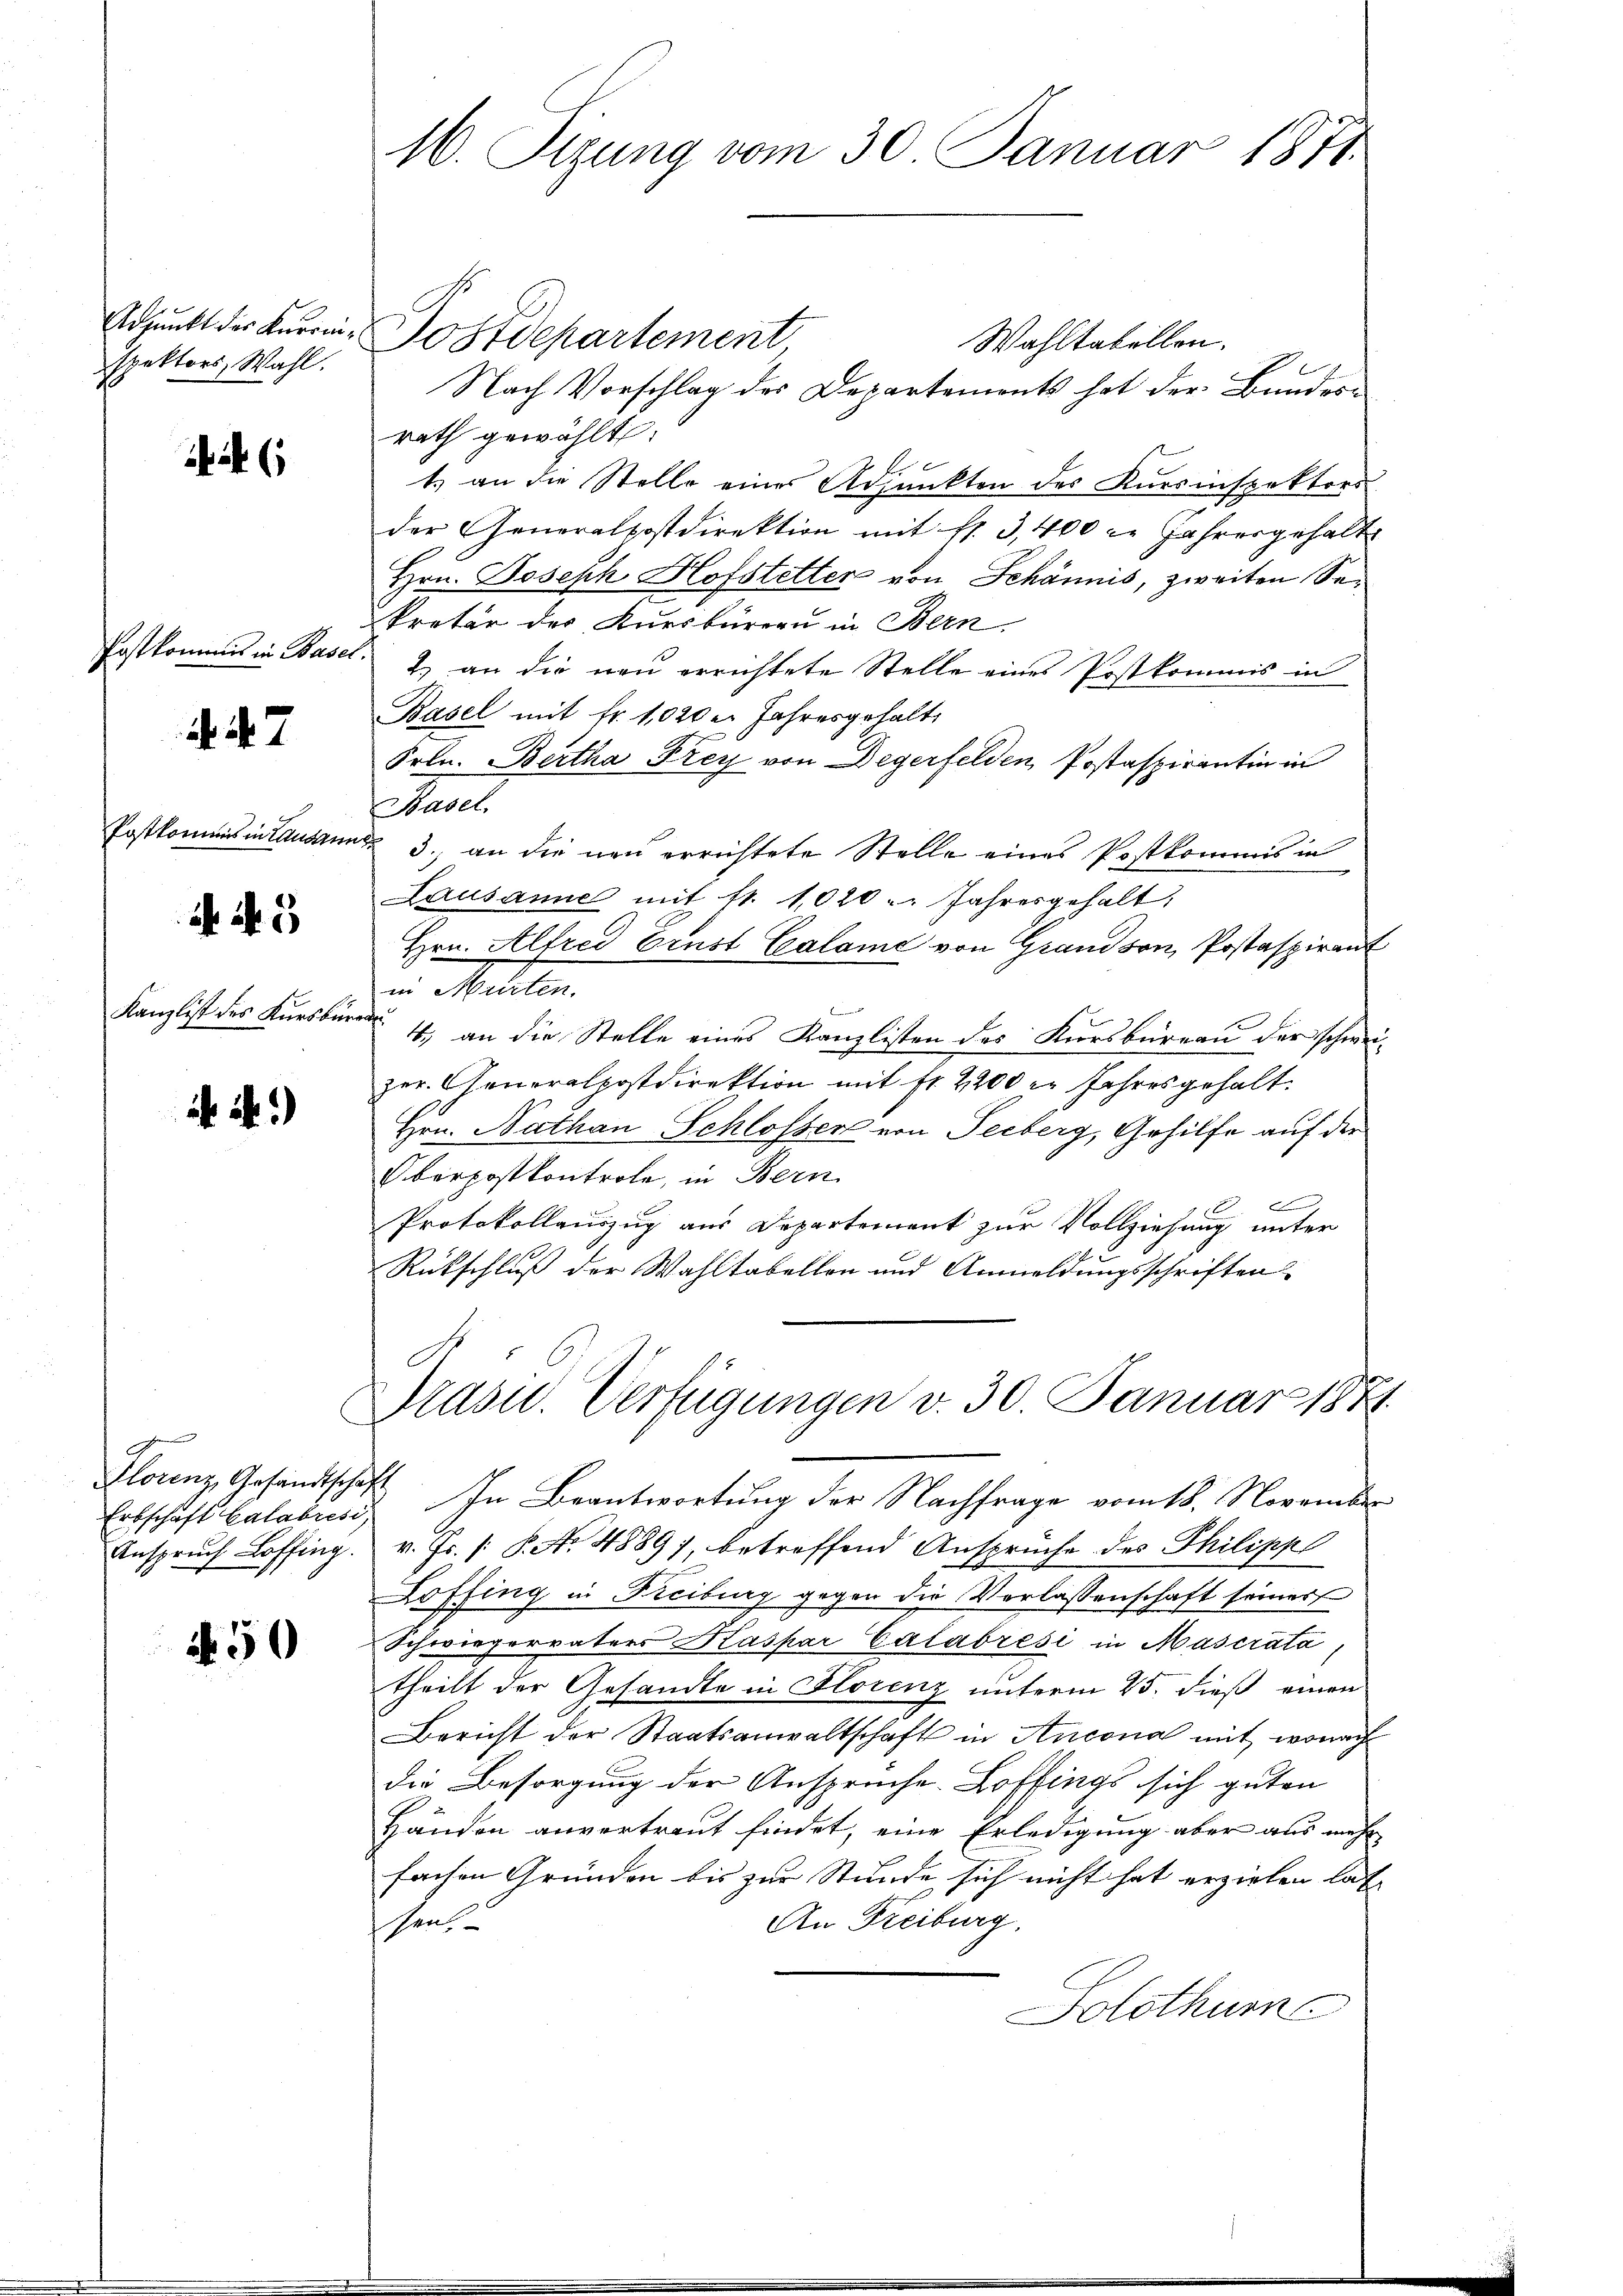
spektors Wahl.

Postkomme in Basel.

7

Postkommis in Lausan

5

Kanzlist des Kursbur

1.)

Erbschäft Calabrési,
Anspruch Loffing.

N 50

16. Sizung vom 30. Januar 1871

Adjunkt der Kurren-Postdepartement
Wahltabellen.
Nach Vorschlag des Departements hat der Bundes-
rath gewählt:
1. an die Stelle eines Adjunkten des Kursinspektors
der Generalpostdirektion mit fl. 3, 400 l. Jahresgehalte
Hrn. Joseph Hofstetter von Schännis, zweiten Sekretär der Kursbureau in Bern
2.) an die neu errichtete Stelle eines Postkommis in
Basel mit fr. 1020 u. Jahresgehalt
Frln. Bertha Frey von Degerfelden Postaspirantin in
Basel.
d 3., an die neu errichtete Stelle eines Postkommis in
Lausanne mit Nr. 1020. Jahresgehalt
Hrn. Alfred Ernst Calame von Grand von Postaspirant
in Matilen.
f
uach
4., an die Stelle eines Kanzlisten des Kursbureau der schweizer. Generalpostdirektion mit fr. 2200 er Jahresgehalt.
Hrn. Nathan Schlosser von Seeberg, Gehilfe auf der
Oberpostkontrole, in Bern
d
Protokollauszug aus Departement zur Vollziehung unter
Rückschluß der Wahltabellen und Anmeldungsschriften
Präsid.. Verfügungen v. 30. Januar 184
Florenz, Gesandtschaft. In Beantwortung der Nachfrage vom 18. November
v. Fr. 1 S. Nr. 4889), betreffend Ansprüche des Philipp
Loffing in Freiburg gegen die Verlassenschaft seiner
Schwiegervaters Kaspar Calabrési in Mascrata,
theilt der Gesandte in Florenz unterm 25. dieß einen
Bericht der Staatsanwaltschaft in Ancona mit, wonach
die Besorgung der Ansprüche Hoffings sich guten
Händen anvertraut findet, eine Erledigung aber aus mehr
fachen Gründen bis zur Stunde sich nicht hat erzielen las
An Freiburg.
ssen.
Solothurn